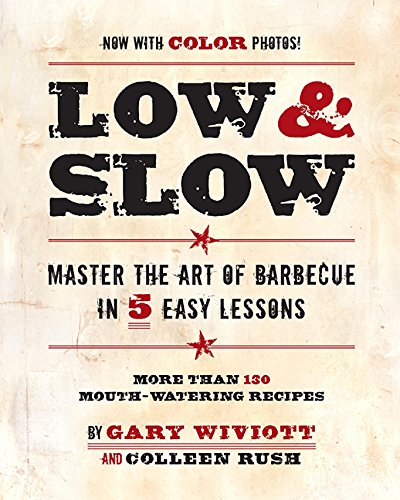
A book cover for Low & Slow: Master the Art of Barbecue in 5 Easy Lessons; Gary Wiviott; Cookbooks, Food & Wine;